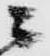
ニ